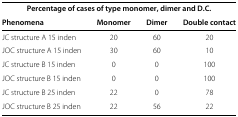
<table><thead><tr><td colspan="4"><b>Percentage of cases of type monomer, dimer and D.C.</b></td></tr><tr><td><b>Phenomena</b></td><td><b>Monomer</b></td><td><b>Dimer</b></td><td><b>Double contact</b></td></tr></thead><tbody><tr><td>JC structure A 15 inden</td><td>20</td><td>60</td><td>20</td></tr><tr><td>JOC structure A 15 inden</td><td>30</td><td>60</td><td>10</td></tr><tr><td>JC structure B 15 inden</td><td>0</td><td>0</td><td>100</td></tr><tr><td>JOC structure B 15 inden</td><td>0</td><td>0</td><td>100</td></tr><tr><td>JC structure B 25 inden</td><td>22</td><td>0</td><td>78</td></tr><tr><td>JOC structure B 25 inden</td><td>22</td><td>56</td><td>22</td></tr></tbody></table>